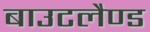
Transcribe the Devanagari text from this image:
बाउटलैण्ड